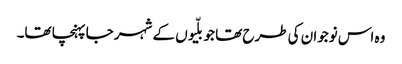
وہ اس نوجوان کی طرح تھا جو بلّیوں کے شہر جا پہنچا تھا۔